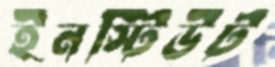
ইনস্টিউট